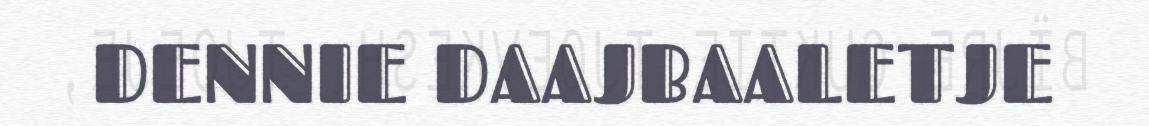
DENNIE DAAJBAALETJE